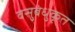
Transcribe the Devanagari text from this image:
वसुबंधुकृत